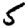
Digit: 5